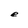
Character: e